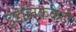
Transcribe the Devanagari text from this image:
इंडेलिककेटो